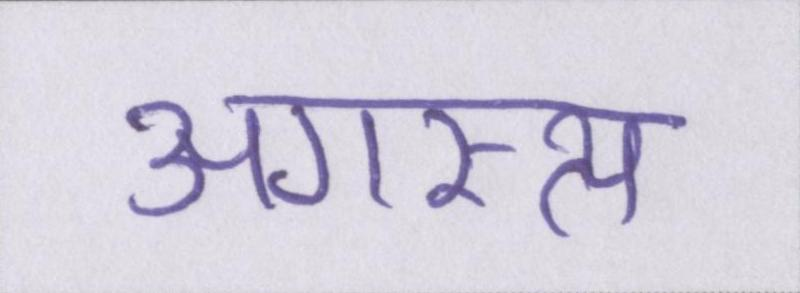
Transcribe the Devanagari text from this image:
अगस्त्य